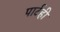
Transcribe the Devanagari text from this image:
पार्टही